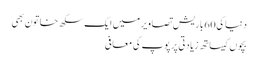
دنیا کی 60 باریش تصاویر میں ایک سکھ خاتون بھی
بچوں کیساتھ زیادتی پر پوپ کی معافی